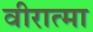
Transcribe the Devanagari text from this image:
वीरात्मा